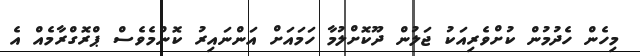
މިހެން ހެދުމުން ކުށްވެރިއަކު ޖަލުން ދޫކޮށްލުމާ ހަމައަށް އަންނައިރު ކޮންމެވެސް ޕްރޮގްރާމެއް އެ